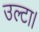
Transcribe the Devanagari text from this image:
उल्टा।